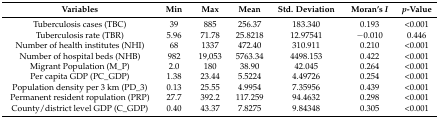
<table><thead><tr><td><b>Variables</b></td><td><b>Min</b></td><td><b>Max</b></td><td><b>Mean</b></td><td><b>Std. Deviation</b></td><td><b>Moran’s <i>I</i></b></td><td><b><i>p</i>-Value</b></td></tr></thead><tbody><tr><td>Tuberculosis cases (TBC)</td><td>39</td><td>885</td><td>256.37</td><td>183.340</td><td>0.193</td><td>&lt;0.001</td></tr><tr><td>Tuberculosis rate (TBR)</td><td>5.96</td><td>71.78</td><td>25.8218</td><td>12.97541</td><td>−0.010</td><td>0.446</td></tr><tr><td>Number of health institutes (NHI)</td><td>68</td><td>1337</td><td>472.40</td><td>310.911</td><td>0.210</td><td>&lt;0.001</td></tr><tr><td>Number of hospital beds (NHB)</td><td>982</td><td>19,053</td><td>5763.34</td><td>4498.153</td><td>0.422</td><td>&lt;0.001</td></tr><tr><td>Migrant Population (M_P)</td><td>2.0</td><td>180</td><td>38.90</td><td>42.045</td><td>0.264</td><td>&lt;0.001</td></tr><tr><td>Per capita GDP (PC_GDP)</td><td>1.38</td><td>23.44</td><td>5.5224</td><td>4.49726</td><td>0.254</td><td>&lt;0.001</td></tr><tr><td>Population density per 3 km (PD_3)</td><td>0.13</td><td>25.55</td><td>4.9954</td><td>7.35956</td><td>0.439</td><td>&lt;0.001</td></tr><tr><td>Permanent resident ropulation (PRP)</td><td>27.7</td><td>392.2</td><td>117.259</td><td>94.4632</td><td>0.298</td><td>&lt;0.001</td></tr><tr><td>County/district level GDP (C_GDP)</td><td>0.40</td><td>43.37</td><td>7.8275</td><td>9.84348</td><td>0.305</td><td>&lt;0.001</td></tr></tbody></table>